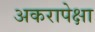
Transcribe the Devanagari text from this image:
अकरापेक्षा